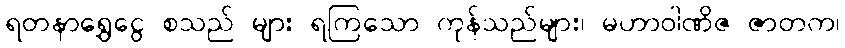
ရတနာရွှေငွေ စသည် များ ရကြသော ကုန်သည်များ၊ မဟာဝါဏိဇ ဇာတက၊